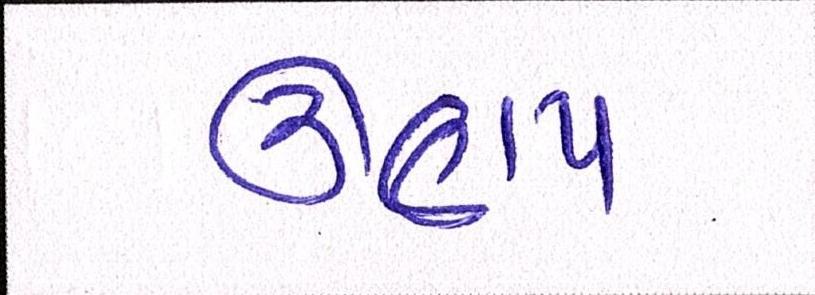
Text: ઊણપ